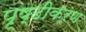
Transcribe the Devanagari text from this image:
पृष्ठीकरण